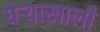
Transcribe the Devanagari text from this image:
घेर्‍याखाली